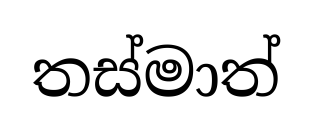
තස්මාත්